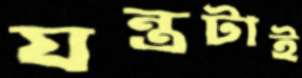
যন্ত্রটাই